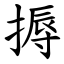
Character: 搙